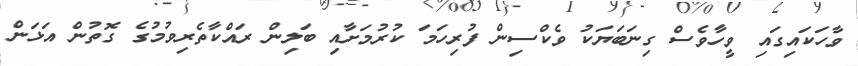
ވާހަކައިގައި ވީހާވެސް ގިނަބަޔަކު ވެކްސިން ފުރިހަމަ ކުރުމަށާއި ބަލިން ރައްކާތެރިވުމުގެ ގޮތުން އަޅަން